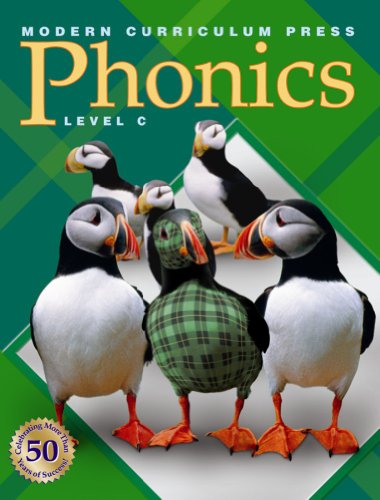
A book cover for Modern Curriculum Press Phonics, Level C; MODERN CURRICULUM PRESS; Reference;